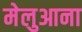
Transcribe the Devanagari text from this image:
मेलुआना